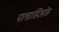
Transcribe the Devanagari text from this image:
पलासिओस